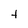
Character: t